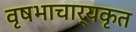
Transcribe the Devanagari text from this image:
वृषभाचार्यकृत